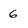
Character: 6